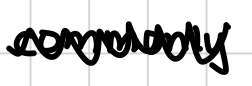
Text: commonly
Cross-out: zig-zag
Writing tool: digital_black